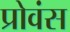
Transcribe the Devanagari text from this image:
प्रोवंस